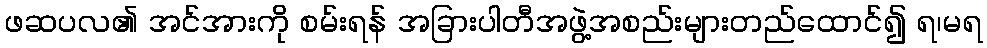
ဖဆပလ၏ အင်အားကို စမ်းရန် အခြားပါတီအဖွဲ့အစည်းများတည်ထောင်၍ ရ၊မရ